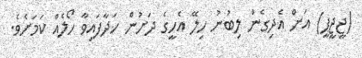
(ޖީޖީޕީ) އަށް އެދިގެން ލިބުނު ހިލޭ އެހީގެ ދަށުން ހަދާފައިވާ ހޯލެއް ކަމަށެވެ.